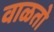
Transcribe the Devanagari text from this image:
वाळतो